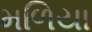
મળિયા